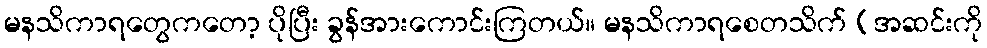
မနသိကာရတွေကတော့ ပိုပြီး ခွန်အားကောင်းကြတယ်။ မနသိကာရစေတသိက် (အဆင်းကို